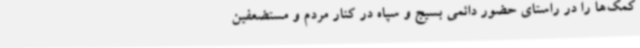
کمک‌ها را در راستای حضور دائمی بسیج و سپاه در کنار مردم و مستضعفین